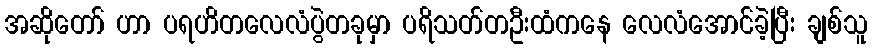
အဆိုတော် ဟာ ပရဟိတလေလံပွဲတခုမှာ ပရိသတ်တဦးထံကနေ လေလံအောင်ခဲ့ပြီး ချစ်သူ